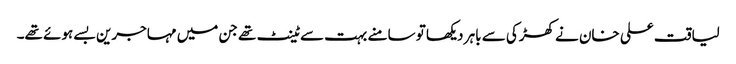
لیاقت علی خان نے کھڑکی سے باہر دیکھا تو سامنے بہت سے ٹینٹ تھے جن میں مہاجرین بسے ہوئے تھے۔